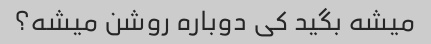
میشه بگید کی دوباره روشن میشه؟